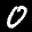
Label: 0